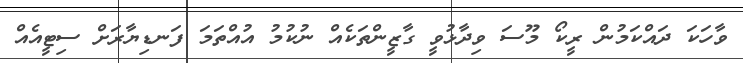
ވާހަކަ ދައްކަމުން ރީކޯ މޫސަ ވިދާޅުވީ ގާޒީންތަކެއް ނުކުމު އުއްތަމަ ފަނޑިޔާރަށް ސިޓީއެއް